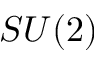
S U ( 2 )